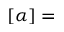
[ \alpha ] =